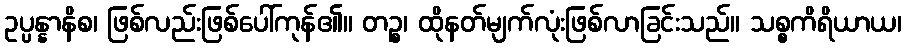
ဥပ္ပန္နာနိစ၊ ဖြစ်လည်းဖြစ်ပေါ်ကုန်၏။ တဉ္စ၊ ထိုနတ်မျက်လုံးဖြစ်လာခြင်းသည်။ သစ္စကိရိယာယ၊